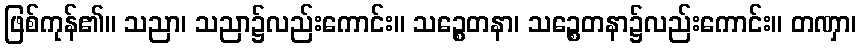
ဖြစ်ကုန်၏။ သညာ၊ သညာ၌လည်းကောင်း။ သဉ္စေတနာ၊ သဉ္စေတနာ၌လည်းကောင်း။ တဏှာ၊